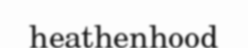
heathenhood